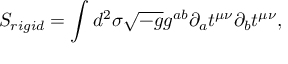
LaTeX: S _ { r i g i d } = \int d ^ { 2 } \sigma \sqrt { - g } g ^ { a b } \partial _ { a } t ^ { \mu \nu } \partial _ { b } t ^ { \mu \nu } ,